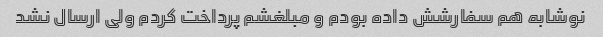
نوشابه هم سفارشش داده بودم و مبلغشم پرداخت کردم ولی ارسال نشد